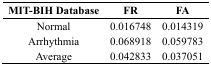
<table><thead><tr><td><b>MIT-BIH Database</b></td><td><b>FR</b></td><td><b>FA</b></td></tr></thead><tbody><tr><td>Normal</td><td>0.016748</td><td>0.014319</td></tr><tr><td>Arrhythmia</td><td>0.068918</td><td>0.059783</td></tr><tr><td>Average</td><td>0.042833</td><td>0.037051</td></tr></tbody></table>